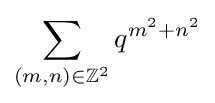
\sum _{(m,n)\in \mathbb {Z} ^{2}}q^{m^{2}+n^{2}}